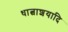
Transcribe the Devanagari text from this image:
धात्वाशयादि